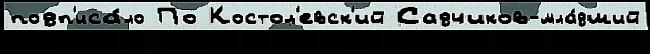
подп'иса́ло По Костол'евск'ий Садчиков-мла́дший